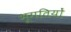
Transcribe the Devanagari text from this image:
भूगतियों